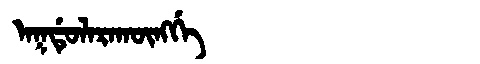
Manchu: ᠠᡴᡩᡠᠯᠠᡵᠠᡴᡡᠩᡤᡝ
Romanization: AKDULARAKŪNGGE